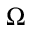
\Omega